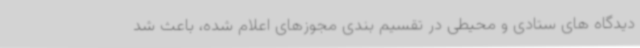
دیدگاه های ستادی و محیطی در تقسیم بندی مجوزهای اعلام شده، باعث شد